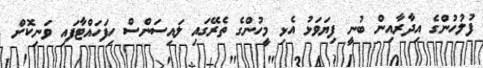
ފުލުހުންގެ އިދާރާއިން ބުނީ ފިޔަވަޅު އެޅި މީހުންގެ ތެރޭގައި ލައިސަންސް ހިފަހައްޓާފައި ވަނިކޮށް